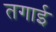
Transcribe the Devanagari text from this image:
तगाई